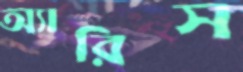
অ্যারিস